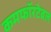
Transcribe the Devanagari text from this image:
कमफॉरटेबल